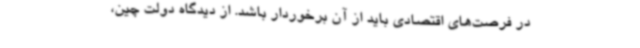
در فرصت‌های اقتصادی باید از آن برخوردار باشد. از دیدگاه دولت چین،